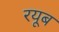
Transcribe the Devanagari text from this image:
रयूब